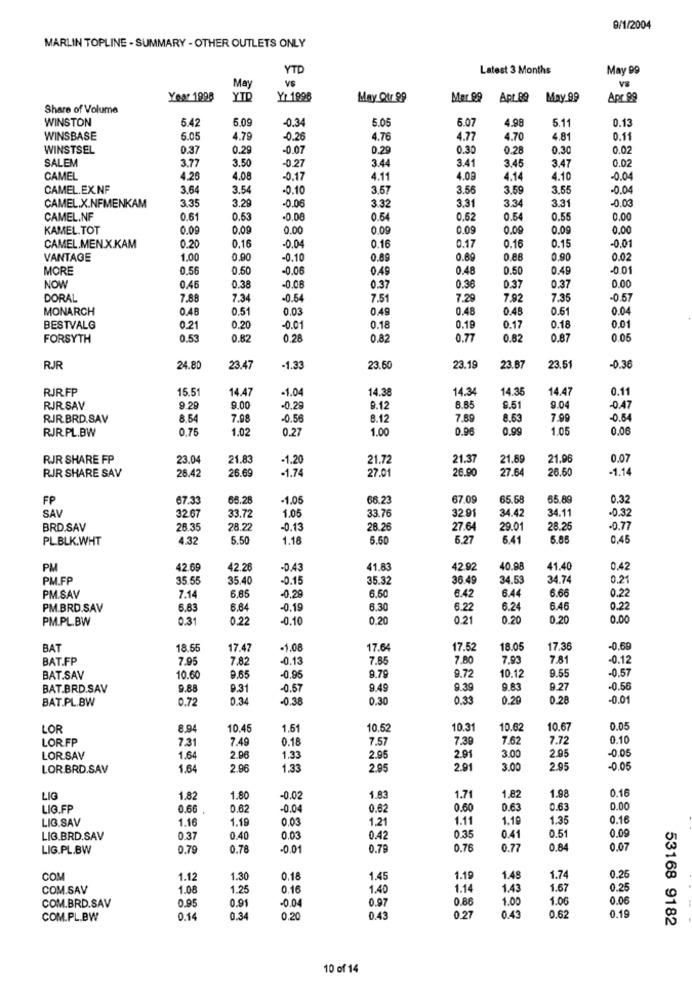
9/1/2004
MARLIN TOPLINE - SUMMARY - OTHER OUTLETS ONLY
YTD
Latest 3 Months
May 99
May
V8
Year 1998
YTD
Yr 1996
May Qtr.99
Mer 89
Apt 89 May 99
Apr 99
Share of Volume
WINSTON
6.42
5.09
-0.34
5.05
5.07
4.98
5.11
0.13
WINSBASE
5.05
4.79
-0.26
4.76
4.77
4.70
4.81
0.11
WINSTSEL
0.37
0.29
-0.07
0.29
0.30
0.28
0.30
0.02
SALEM
3.77
3.50
3.44
3.41
3.45
3.47
0.02
-0.27
CAMEL
4.26
4.08
-0.17
4.11
4.08
4.14
4.10
-0.04
CAMEL.EX.NF
3.64
3.54
-0.10
3.57
3.56
3.59
3.55
-0.04
3.35
-0.06
3.32
3.31
3.34
3.31
-0.03
CAMEL.X.NFMENKAM
3.29
CAMEL.NF
0.61
0.53
-0.08
0.54
0.52
0.54
0.55
0.00
KAMEL.TOT
0.08
0,09
0.00
0.09
0.09
0.09
0.09
0,00
-0.01
CAMEL.MEN.X.KAM
0.20
0.16
-0.04
0.16
0.17
0.16
0.15
VANTAGE
1.00
0.90
-0.10
0.69
0.89
0.88
0.90
0.02
MORE
0.56
0.50
-0.06
0.49
0.48
0.50
0.49
-0.01
0.36
NOW
0.46
0.38
-0.06
0.37
0.37
0.37
0.00
DORAL
7.89
7.34
-0.54
7.51
7.29
7.92
7.35
-0.57
MONARCH
0.48
0.51
0,03
0,49
0.4
0.48
0.61
0.04
BESTVALG
0.21
0.20
-0.01
0.18
0.19
0.17
0.18
0.01
FORSYTH
0.53
0.82
0,28
0,82
0.77
0.82
0.87
0.05
RJR
24.80
23.47
-1.33
23.60
23.19
23.87
23.51
-0.36
RJR.FP
15.51
14.47
1.04
14.38
14.34
14.35
14.47
0.11
RJR SAV
9.29
9.00
-0.29
9.12
9.51
9.04
-0.47
RJR BRD.SAV
8.54
7.98
-0.56
8.12
7.89
8.63
7.99
-0.54
RJR.PL.BW
0,75
1.02
0.27
1.00
0.96
0.99
1.05
0,06
RJR SHARE FP
23.04
21.83
-1.20
21.72
21.37
21.89
21.96
0.0
RIR SHARE SAV
26.42
26.69
-1.74
27.01
26.90
27.64
26.50
-1.14
FP
67.33
65.28
-1.05
66.23
67.09
65.58
85.89
0.3
SAV
32 67
1.05
33.76
32.91
34.42
34.11
-0.32
33.72
BRD.SAV
26.35
28.22
-0.13
28.26
27.64
29.01
28.25
-0.77
PLBLK.WHT
4.32
5.50
1.18
5.50
6.27
6.41
5.85
0,4
PM
42.69
42.28
-0.43
41.83
42.92
40.98
41.40
0,42
PM.FP
35.55
35.40
-0.15
35.32
36.49
34.53
34.74
0.21
-0.29
6.50
6.42
6.44
6.66
0.22
PM.SAV
7.14
6,86
PM.BRD.SAV
6.83
-0.19
6.30
6.22
6.24
6.46
0.2
PM.PL.BW
0.31
0.22
-0.10
0.20
0.21
0.20
0.20
0.00
BAT
18.55
17.47
-1.08
17.64
17.52
18.05
17,36
-0,69
BAT.FP
7.95
7.82
-0.13
7.85
7.80
7.93
7.81
0.12
10.12
9.55
-0.57
BAT.SAV
10.60
9.65
-0.95
9.79
9.72
BAT.BRD.SAV
9.88
9.31
-0.57
9.49
9.39
9.83
9.27
-0.56
BAT.PL.BW
0.72
0.34
-0.38
0.30
0.33
0.20
0.28
-0.0
LOR
8.94
10.45
1.61
10.52
10.3
10.62
10.67
0.05
LOR.FP
7.31
7.49
0.18
7.57
7.30
7.62
7.72
0.10
3.00
2.95
0.05
LORSAV
1.6
2.96
1.33
2.95
2.91
LOR.BRD.SAV
1.64
2.96
1.33
2.95
2.91
3.00
2.95
-0.05
1.98
0.16
LIG
1.82
1.80
-0.02
1.83
1.7
1.82
LIG.FP
0.66
0.62
-0.0
0.62
0.60
0.63
0.63
0.00
LIG.SAV
1.16
1.19
0.03
1,21
1.11
1.19
1.35
0.16
0.41
0.51
0.00
LIG.BRD.SAV
0.31
0.40
0.03
0.42
0.35
LIG.PL.BW
0.79
0.78
-0.0
0.78
0.76
0.77
0.8
0.07
COM
1.12
1.30
0.18
1.45
1.1
1.4
1.74
0.26
COM.SAV
1.08
1.25
0.16
1.40
1.14
1.43
1.67
0.25
0.95
-00
0.97
0.86
1.00
1.06
0.06
COM.BRD.SAV
0.91
COM.PL.BW
0.14
0.34
0.20
0.43
0.27
0.43
0.62
0.19
53168 9182
10 of 14